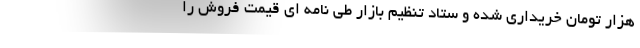
هزار تومان خریداری شده و ستاد تنظیم بازار طی نامه ای قیمت فروش را